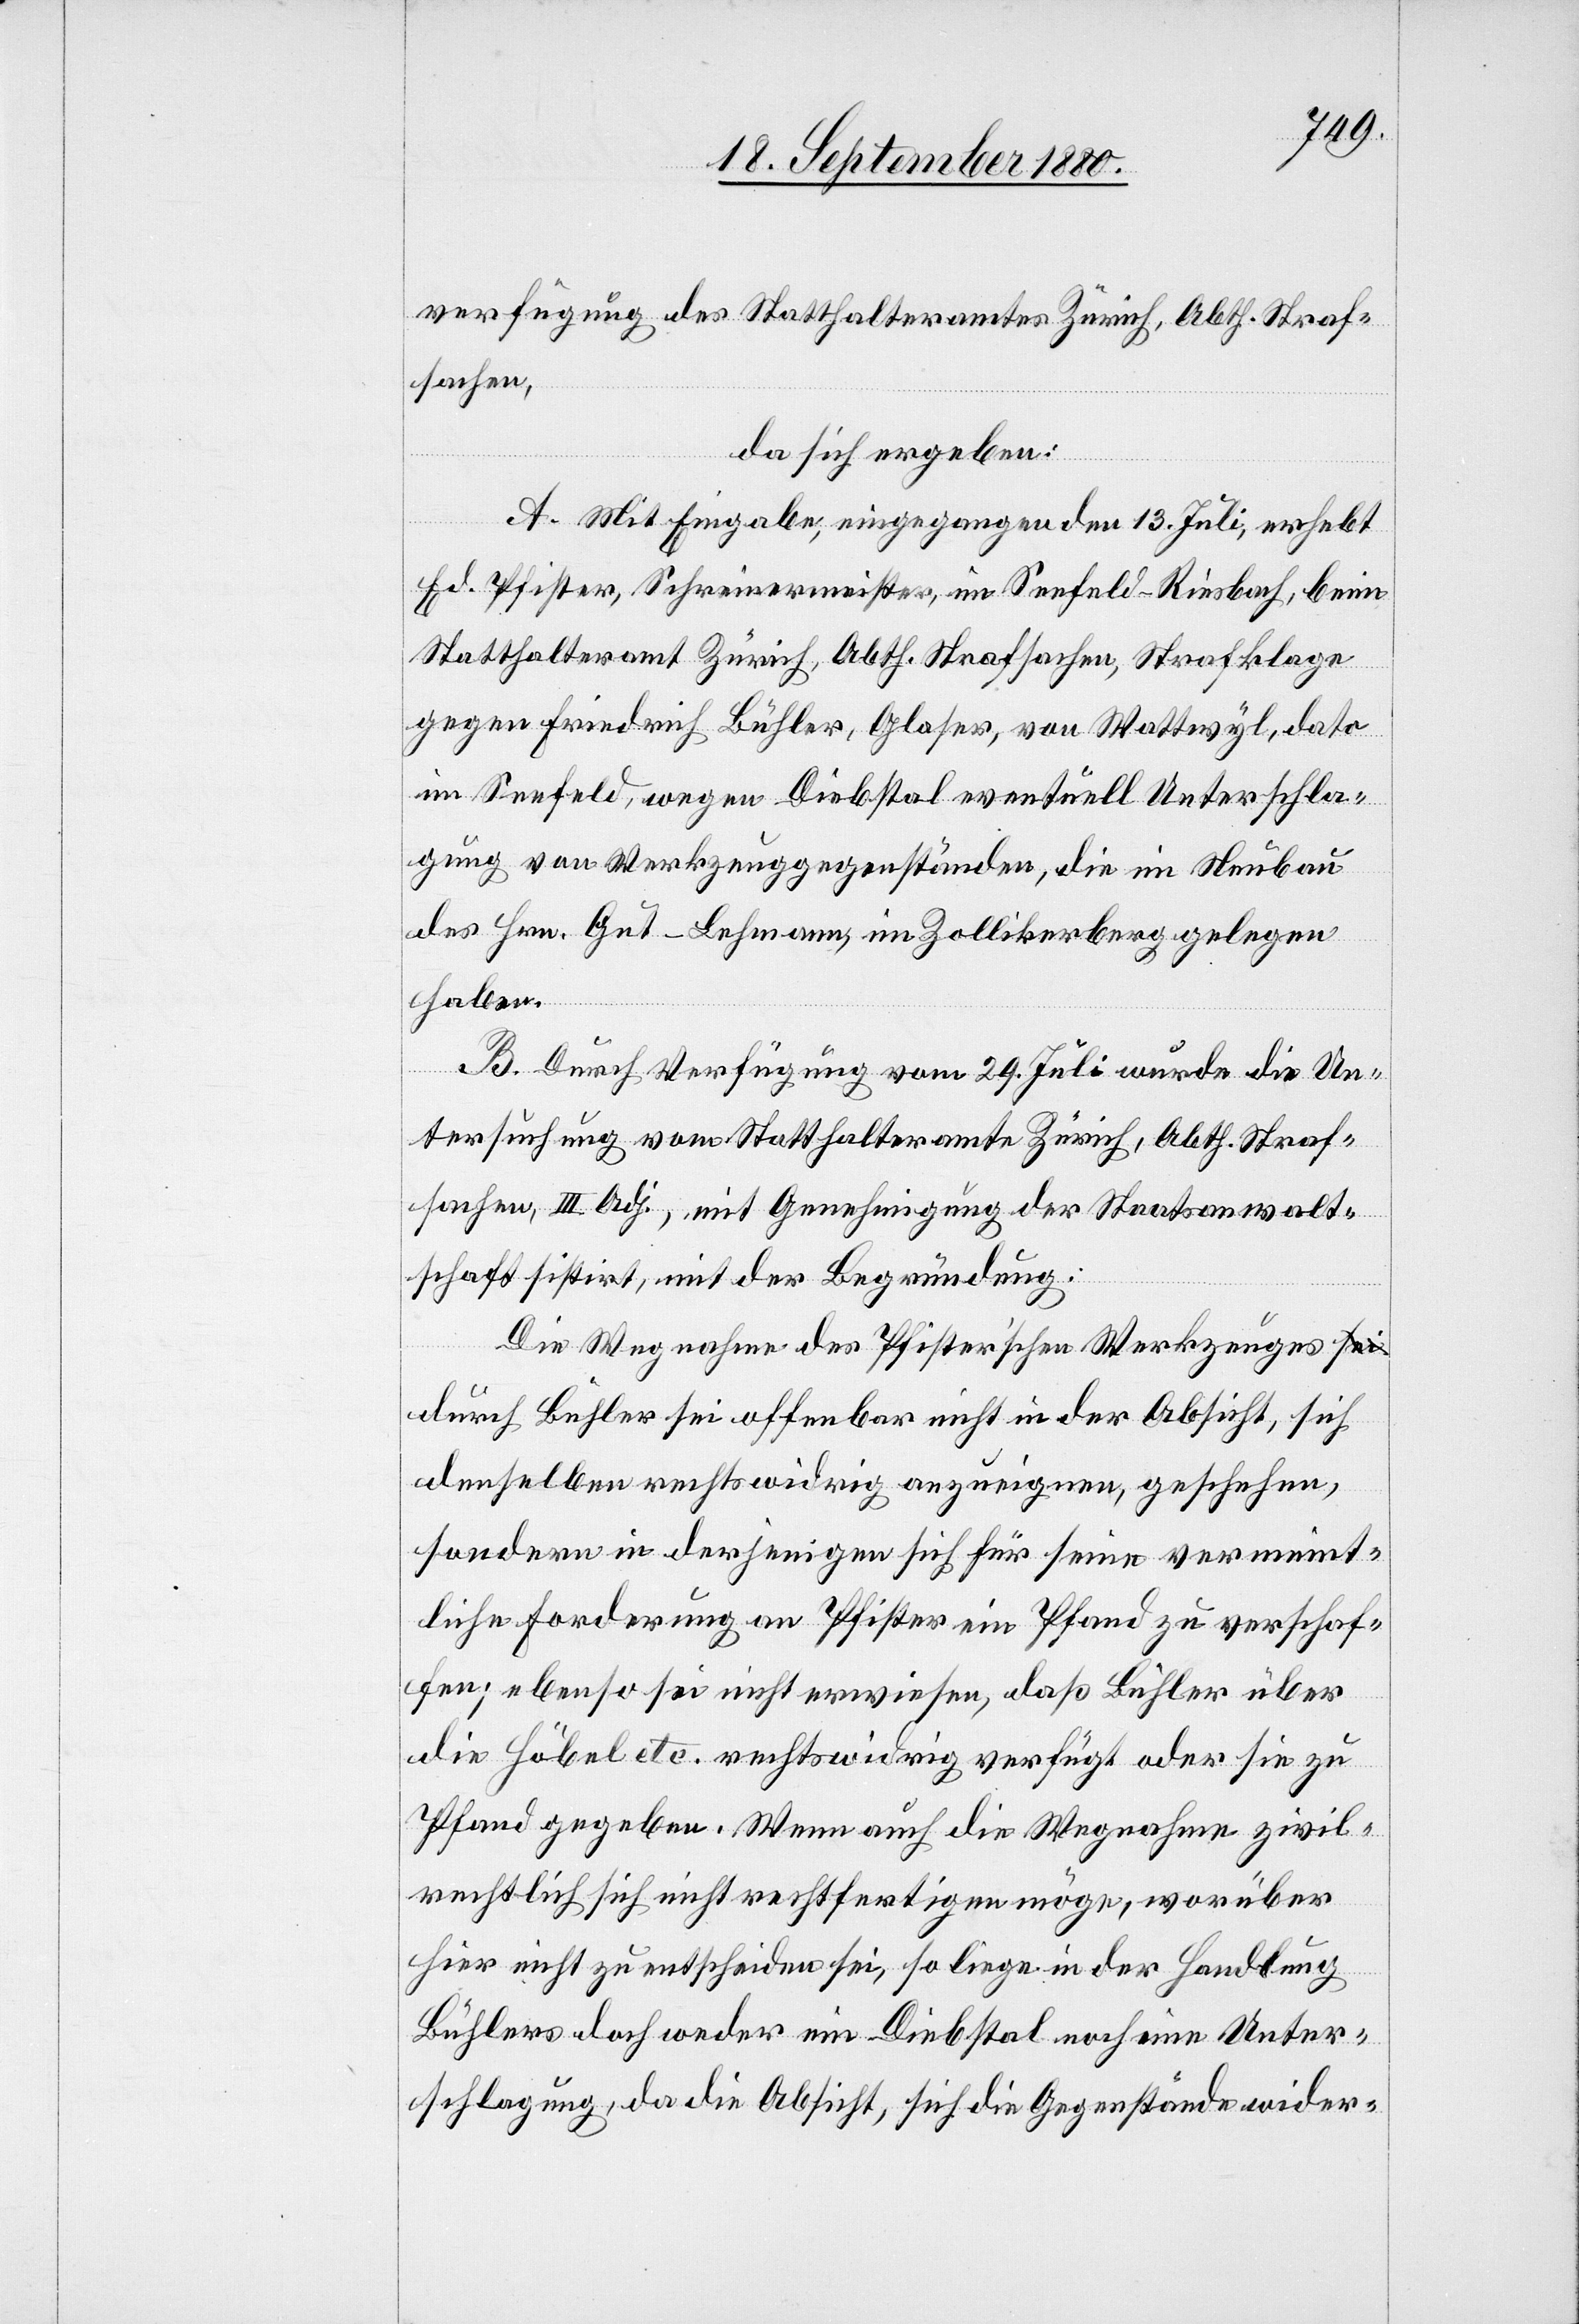
verfügung des Statthalteramtes Zürich, Abth. Straf¬
sachen,
da sich ergeben:
A. Mit Eingabe, eingegangen den 13. Juli, erhebt
Ed. Pfister, Schreinermeister, im Seefeld - Riesbach, beim
Statthalteramt Zürich, Abth. Strafsachen, Strafklage
gegen Friedrich Bühler, Glaser, von Wattwyl, dato
im Seefeld, wegen Diebstal eventuell Unterschla¬
gung von Werkzeuggegenständen, die im Neubau
des Hrn. Gut-Lehmann, im Zollikerberg gelegen
haben.
B. Durch Verfügung vom 29. Juli wurde die Un¬
tersuchung vom Statthalteramte Zürich, Abth. Straf¬
sachen, III. Adj., mit Genehmigung der Staatsanwalt¬
schaft sistirt, mit der Begründung:
Die Wegnahme des Pfister’schen Werkzeuges d¬
urch Bühler sei offenbar nicht in der Absicht, sich
denselben rechtswidrig anzueignen, geschehen,
sondern in derjenigen sich für seine vermeint¬
liche Forderung an Pfister ein Pfand zu verschaf¬
fen; ebenso sei nicht erwiesen, daß Bühler über
die Höbel etc. rechtswidrig verfügt oder sie zu
Pfand gegeben. Wenn auch die Wegnahme zivil¬
rechtlich sich nicht rechtfertigen möge, worüber
hier nicht zu entscheiden sei, so liege in der Handlung
Bühlers doch weder ein Diebstal noch eine Unter¬
schlagung, da die Absicht, sich die Gegenstände wider-